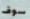
سوف